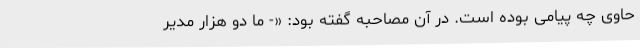
حاوی چه پیامی بوده است. در آن مصاحبه گفته بود: «- ما دو هزار مدیر